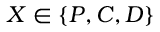
X \in \{ P , C , D \}